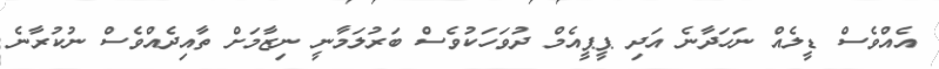
އެއްވެސް ޑީލެއް ނަހަދާނެ އަދި ޕީޕީއެމް ދުވަހަކުވެސް ބަރުލަމާނީ ނިޒާމަށް ތާއިދެއްވެސް ނުކުރާނެ